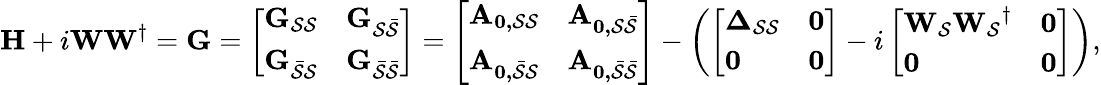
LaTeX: \mathbf{H}+i\mathbf{W}\mathbf{W}^{\dagger}=\mathbf{G}=\left[\begin{array}{ll}{\mathbf{G_{\mathcal{S}\mathcal{S}}}}&{\mathbf{G_{\mathcal{S}\mathcal{\bar{S}}}}}\\ {\mathbf{G_{\mathcal{\bar{S}}\mathcal{S}}}}&{\mathbf{G_{\mathcal{\bar{S}}\mathcal{\bar{S}}}}}\end{array}\right]=\left[\begin{array}{ll}{\mathbf{A_{0,\mathcal{S}\mathcal{S}}}}&{\mathbf{A_{0,\mathcal{S}\mathcal{\bar{S}}}}}\\ {\mathbf{A_{0,\mathcal{\bar{S}}\mathcal{S}}}}&{\mathbf{A_{0,\mathcal{\bar{S}}\mathcal{\bar{S}}}}}\end{array}\right]-\left(\left[\begin{array}{ll}{\mathbf{\Delta_{\mathcal{S}\mathcal{S}}}}&{\mathbf{0}}\\ {\mathbf{0}}&{\mathbf{0}}\end{array}\right]-i\left[\begin{array}{ll}{\mathbf{W_{\mathcal{S}}}\mathbf{W_{\mathcal{S}}}^{\dagger}}&{\mathbf{0}}\\ {\mathbf{0}}&{\mathbf{0}}\end{array}\right]\right),